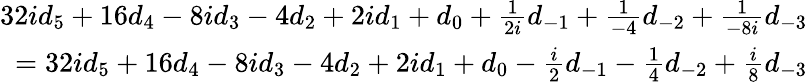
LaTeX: {\begin{array}{r}{32id_{5}+16d_{4}-8id_{3}-4d_{2}+2id_{1}+d_{0}+{\frac{1}{2i}}d_{-1}+{\frac{1}{-4}}d_{-2}+{\frac{1}{-8i}}d_{-3}}\\ {=32id_{5}+16d_{4}-8id_{3}-4d_{2}+2id_{1}+d_{0}-{\frac{i}{2}}d_{-1}-{\frac{1}{4}}d_{-2}+{\frac{i}{8}}d_{-3}}\end{array}}